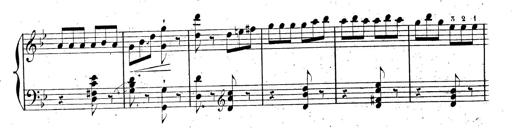
Title: AnnÃ©es de pÃ¨lerinage II, SupplÃ©ment
Composer: Franz Liszt